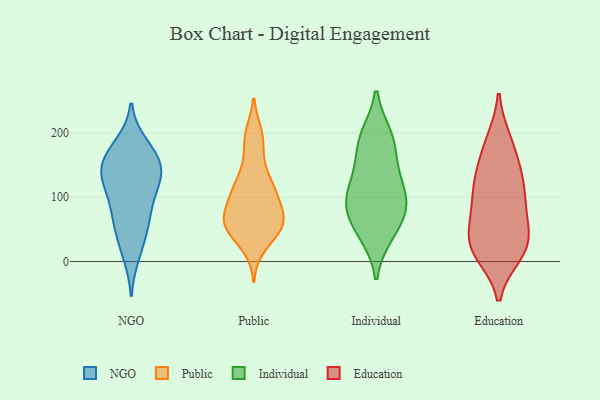
{"axis": {"x": "Bounce Rate (%)", "y": "Value"}, "legend": ["Education", "Individual", "NGO", "Public"], "data": [{"x": "", "y": 141, "type": "NGO"}, {"x": "", "y": 115, "type": "NGO"}, {"x": "", "y": 165, "type": "NGO"}, {"x": "", "y": 153, "type": "NGO"}, {"x": "", "y": 34, "type": "NGO"}, {"x": "", "y": 77, "type": "NGO"}, {"x": "", "y": 63, "type": "NGO"}, {"x": "", "y": 139, "type": "NGO"}, {"x": "", "y": 121, "type": "NGO"}, {"x": "", "y": 180, "type": "NGO"}, {"x": "", "y": 71, "type": "NGO"}, {"x": "", "y": 127, "type": "NGO"}, {"x": "", "y": 168, "type": "NGO"}, {"x": "", "y": 12, "type": "NGO"}, {"x": "", "y": 23, "type": "Public"}, {"x": "", "y": 60, "type": "Public"}, {"x": "", "y": 113, "type": "Public"}, {"x": "", "y": 153, "type": "Public"}, {"x": "", "y": 105, "type": "Public"}, {"x": "", "y": 190, "type": "Public"}, {"x": "", "y": 62, "type": "Public"}, {"x": "", "y": 122, "type": "Public"}, {"x": "", "y": 199, "type": "Public"}, {"x": "", "y": 68, "type": "Public"}, {"x": "", "y": 61, "type": "Public"}, {"x": "", "y": 51, "type": "Public"}, {"x": "", "y": 48, "type": "Public"}, {"x": "", "y": 79, "type": "Public"}, {"x": "", "y": 107, "type": "Public"}, {"x": "", "y": 88, "type": "Individual"}, {"x": "", "y": 195, "type": "Individual"}, {"x": "", "y": 73, "type": "Individual"}, {"x": "", "y": 129, "type": "Individual"}, {"x": "", "y": 45, "type": "Individual"}, {"x": "", "y": 93, "type": "Individual"}, {"x": "", "y": 194, "type": "Individual"}, {"x": "", "y": 144, "type": "Individual"}, {"x": "", "y": 42, "type": "Individual"}, {"x": "", "y": 110, "type": "Individual"}, {"x": "", "y": 86, "type": "Individual"}, {"x": "", "y": 179, "type": "Individual"}, {"x": "", "y": 188, "type": "Education"}, {"x": "", "y": 26, "type": "Education"}, {"x": "", "y": 74, "type": "Education"}, {"x": "", "y": 112, "type": "Education"}, {"x": "", "y": 146, "type": "Education"}, {"x": "", "y": 107, "type": "Education"}, {"x": "", "y": 37, "type": "Education"}, {"x": "", "y": 15, "type": "Education"}, {"x": "", "y": 127, "type": "Education"}, {"x": "", "y": 73, "type": "Education"}, {"x": "", "y": 152, "type": "Education"}, {"x": "", "y": 26, "type": "Education"}, {"x": "", "y": 12, "type": "Education"}, {"x": "", "y": 50, "type": "Education"}, {"x": "", "y": 187, "type": "Education"}, {"x": "", "y": 99, "type": "Education"}, {"x": "", "y": 16, "type": "Education"}]}